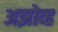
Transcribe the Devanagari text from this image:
अझोव्ह